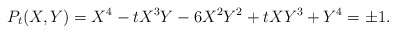
\begin{align*}P_{t}(X,Y) = X^{4}-tX^{3}Y-6X^{2}Y^{2}+tXY^{3}+Y^{4} = \pm 1. \end{align*}